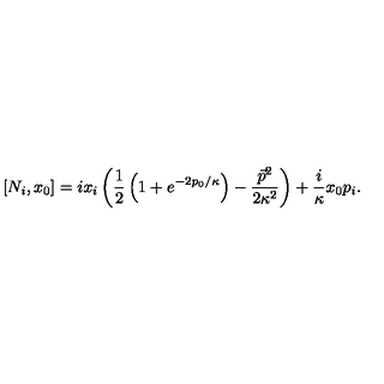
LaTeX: [ N _ { i } , x _ { 0 } ] = i x _ { i } \left( \frac 1 2 \left( 1 + e ^ { - 2 p _ { 0 } / \kappa } \right) - \frac { \vec { p } { } ^ { 2 } } { 2 \kappa ^ { 2 } } \right) + \frac { i } \kappa x _ { 0 } p _ { i } .